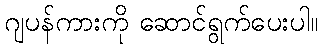
ဂျပန်ကားကို ဆောင်ရွက်ပေးပါ။